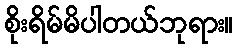
စိုးရိမ်မိပါတယ်ဘုရား။